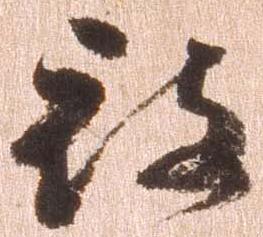
被